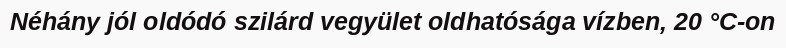
Néhány jól oldódó szilárd vegyület oldhatósága vízben, 20 °C-on